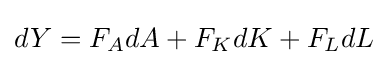
dY=F_{A}dA+F_{K}dK+F_{L}dL